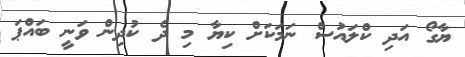
ޔާގޯ އަދި ކްލައުސް ނަމަކަށް ކިޔާ މި ދެ ކުދިން ވަނީ ބައްޕަ